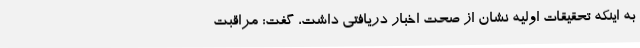
به اینکه تحقیقات اولیه نشان از صحت اخبار دریافتی داشت، گفت: مراقبت